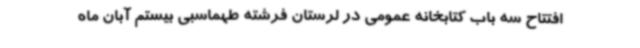
افتتاح سه باب کتابخانه عمومی در لرستان فرشته طهماسبی بیستم آبان ماه